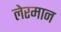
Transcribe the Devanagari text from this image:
लेरमान